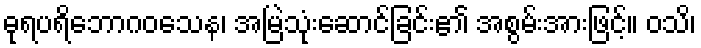
ဓုရပရိဘောဂဝသေန၊ အမြဲသုံးဆောင်ခြင်း၏ အစွမ်းအားဖြင့်။ ဝသိ၊